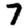
Digit: 7